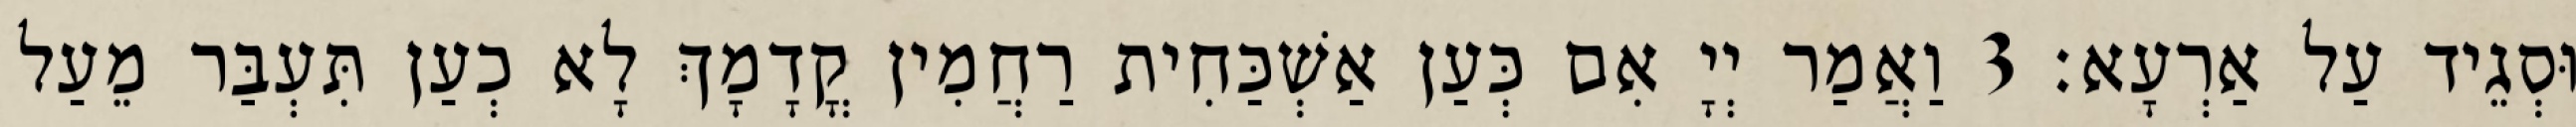
וּסְגֵיד עַל אַרְעָא׃ 3 וַאֲמַר יְיָ אִם כְּעַן אַשְׁכַּחִית רַחֲמִין קֳדָמָךְ לָא כְעַן תִּעְבַּר מֵעַל